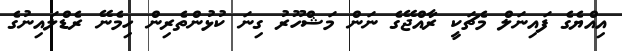
އިއްޔެގެ ފައިނަލް މެޗަކީ ރާއްޖޭގެ ނަން މަޝްހޫރު ގިނަ ކުޅުންތެރިން ހިމެނޭ ރެޑްލައިނުގެ